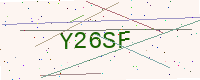
Text: Y26SF